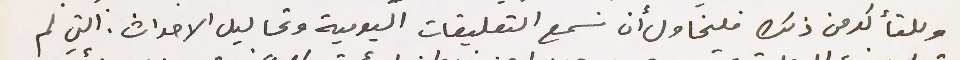
وللتألد من ذلك فلنحاول أن نسمع التعليقات اليومية وتحاليل الاحداث. التي لم